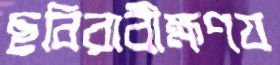
ছবিরাবীক্ষণয